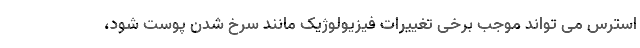
استرس می تواند موجب برخی تغییرات فیزیولوژیک مانند سرخ شدن پوست شود،